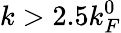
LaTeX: k>2.5k_{F}^{0}